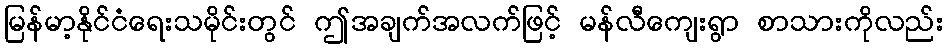
မြန်မာ့နိုင်ငံရေးသမိုင်းတွင် ဤအချက်အလက်ဖြင့် မန်လီကျေးရွာ စာသားကိုလည်း